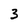
Character: 3